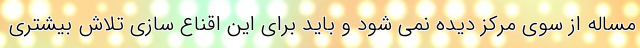
مساله از سوی مرکز دیده نمی شود و باید برای این اقناع سازی تلاش بیشتری